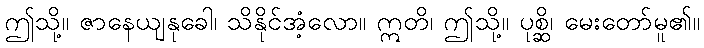
ဤသို့။ ဇာနေယျနုခေါ၊ သိနိုင်အံ့လော။ ဣတိ၊ ဤသို့။ ပုစ္ဆိ၊ မေးတော်မူ၏။